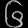
Digit: ၆